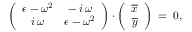
\left( \begin{array} { c c } { \epsilon - \omega ^ { 2 } } & { - \, i \, \omega } \\ { i \, \omega } & { \epsilon - \omega ^ { 2 } } \end{array} \right) \cdot \left( \begin{array} { c } { \overline { { x } } } \\ { \overline { { y } } } \end{array} \right) \; = \; 0 ,